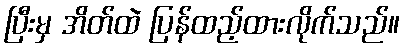
ပြီးမှ အိတ်ထဲ ပြန်ထည့်ထားလိုက်သည်။